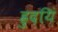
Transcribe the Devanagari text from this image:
ह्रुदयिं